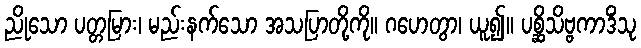
ညိုသော ပတ္တမြား၊ မည်းနက်သော အသပြာတို့ကို။ ဂဟေတွာ၊ ယူ၍။ ပစ္ဆိသိဗ္ဗကာဒိံသု